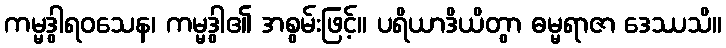
ကမ္မဒွါရဝသေန၊ ကမ္မဒွါ၏ အစွမ်းဖြင့်။ ပရိယာဒိယိတွာ ဓမ္မရာဇာ ဒေဿသိ။